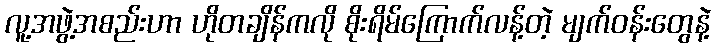
လူ့အဖွဲ့အစည်းဟာ ဟိုတချိန်ကလို စိုးရိမ်ကြောက်လန့်တဲ့ မျက်ဝန်းတွေနဲ့